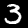
Label: 3